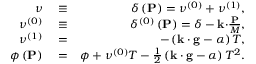
\begin{array} { r l r } { \nu } & { { } \equiv } & { \delta \left( \mathbf { P } \right) = \nu ^ { \left( 0 \right) } + \nu ^ { \left( 1 \right) } , } \\ { \nu ^ { \left( 0 \right) } } & { { } \equiv } & { \delta ^ { \left( 0 \right) } \left( \mathbf { P } \right) = \delta - \mathbf { k \cdot } \frac { \mathbf { P } } { M } , } \\ { \nu ^ { \left( 1 \right) } } & { { } = } & { - \left( \mathbf { k \cdot g } - \alpha \right) T , } \\ { \phi \left( \mathbf { P } \right) } & { { } = } & { \phi + \nu ^ { \left( 0 \right) } T - \frac { 1 } { 2 } \left( \mathbf { k \cdot g } - \alpha \right) T ^ { 2 } . } \end{array}